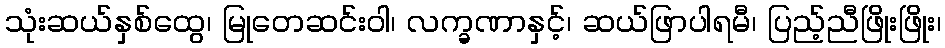
သုံးဆယ်နှစ်ထွေ၊ မြုတေဆင်းဝါ၊ လက္ခဏာနှင့်၊ ဆယ်ဖြာပါရမီ၊ ပြည့်ညီဖြိုးဖြိုး၊